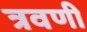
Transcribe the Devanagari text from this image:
त्रवणी